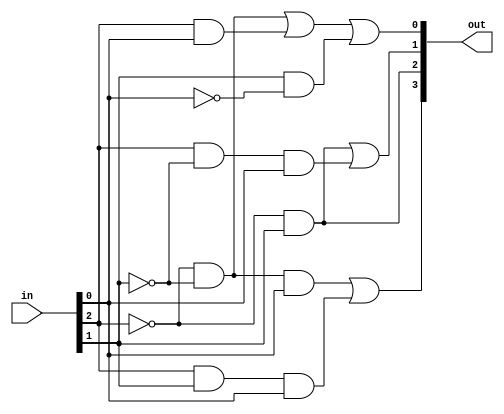
module lab5(in, out);// lab6()

	//
	input [2:0]in; // in , 3bit wire
	output  [3:0]out; // out , 4bit wire
	wire nin2, nin1, nin0; // 
	wire w0, w1, w2, w3, w4, w5, w6;
	
	//	
	// not  in[2]  nin2
	not n2(nin2, in[2]), 
		n1(nin1, in[1]), 
		n0(nin0, in[0]);
		
	// and  and gate 
	and a0(w0, nin2, nin1, in[0]), 
		a1(w1, in[2], in[1], in[0]), 
		a2(out[2] , nin2, in[1]), 
		a3(w2, nin2, in[1]), 
		a4(w3, in[2], nin1, in[0]), 
		a5(w4 , nin2, nin1), 
		a6(w5, in[2], in[0]),
		a7(w6, in[1], nin0);
	
	// or  or gate 
	or o0(out[3], w0, w1),
		o1(out[1], w2, w3),
		o2(out[0], w4, w5, w6);

endmodule //